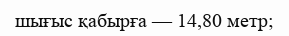
шығыс қабырға — 14,80 метр;